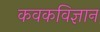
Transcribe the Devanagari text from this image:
कवकविज्ञान